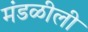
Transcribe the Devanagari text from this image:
मंडळीली